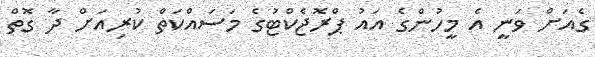
ގެއަށް ވަނީ އެ މީހުންގެ އައު ޕްރޮޖެކްޓުގެ މަސައްކަތް ކުރިއަށް ދާ ގޮތް